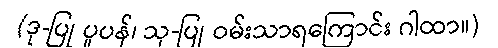
(ဒု-ပြု ပူပန်၊ သု-ပြု ဝမ်းသာရကြောင်း ဂါထာ။)